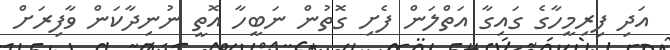
އަދި ފިރިމީހާގެ ގައިގާ އަތްލަން ފެށި ގޮތުން ނަބީހާ އޮތީ ނުނިދާކަން ވާފިރަށް